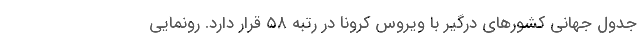
جدول جهانی کشورهای درگیر با ویروس کرونا در رتبه ۵۸ قرار دارد. رونمایی